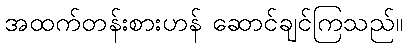
အထက်တန်းစားဟန် ဆောင်ချင်ကြသည်။